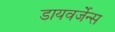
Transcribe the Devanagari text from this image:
डायवर्जेन्स